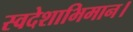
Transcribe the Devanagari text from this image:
स्वदेशाभिमान।